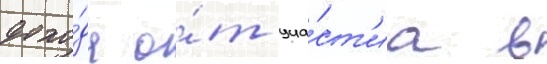
дохо́да о́т уча́ст'иа в